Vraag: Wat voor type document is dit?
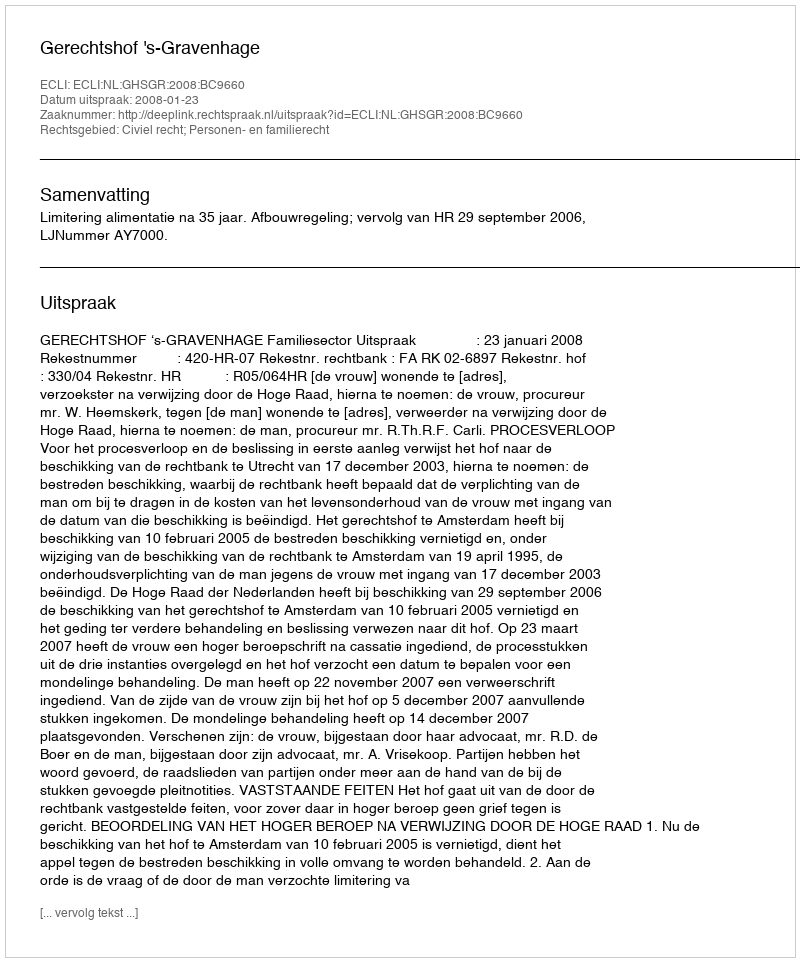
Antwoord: Uitspraak